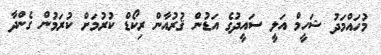
މުހައްމަދު ޝަހީމް އަލީ ސައީދުގެ އަޑުން ޤުރުއާން ރިކޯޑް ކުރުމަށް ކުރަމުން ގެންދާ